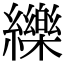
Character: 纅